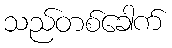
သည်တစ်ခေါက်